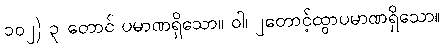
၁၀၂) ၃ တောင် ပမာဏရှိသော။ ဝါ၊ ၂တောင့်ထွာပမာဏရှိသော။